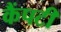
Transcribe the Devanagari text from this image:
कैंपटी